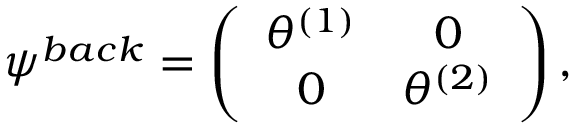
\psi ^ { b a c k } = \left( \begin{array} { c c } { { \theta ^ { ( 1 ) } } } & { { 0 } } \\ { { 0 } } & { { \theta ^ { ( 2 ) } } } \end{array} \right) ,